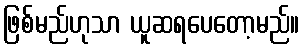
ဖြစ်မည်ဟုသာ ယူဆရပေတော့မည်။